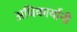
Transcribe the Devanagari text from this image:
अधिकार्यानी